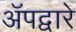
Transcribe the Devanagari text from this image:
ॲपद्वारे